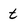
Character: t